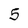
Character: 5